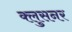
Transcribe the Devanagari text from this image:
क्लुसनर